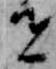
者